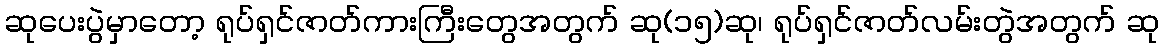
ဆုပေးပွဲမှာတော့ ရုပ်ရှင်ဇာတ်ကားကြီးတွေအတွက် ဆု(၁၅)ဆု၊ ရုပ်ရှင်ဇာတ်လမ်းတွဲအတွက် ဆု